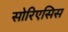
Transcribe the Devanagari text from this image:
सोरिएसिस